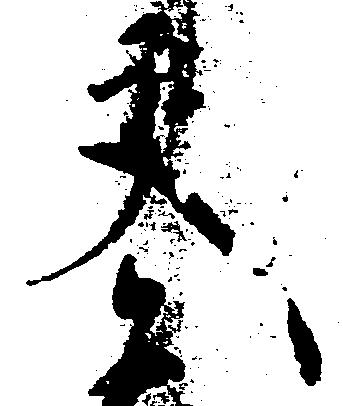
交